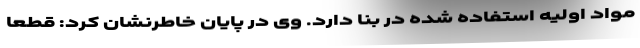
مواد اولیه استفاده شده در بنا دارد. وی در پایان خاطرنشان کرد: قطعا